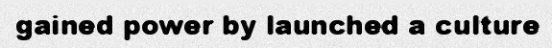
gained power by launched a culture